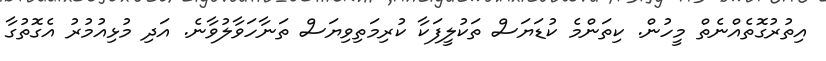
އިތުރުގޮތެއްނެތް މީހުން. ކިތަންމެ ކުޑަޔަސް ތަކުލީފަކާ ކުރިމަތިވިޔަސް ތަނާހަވާލުވާނެ. އަދި މުޅިއުމުރު އެގޮތުގާ